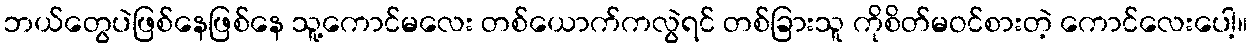
ဘယ်တွေပဲဖြစ်နေဖြစ်နေ သူ့ကောင်မလေး တစ်ယောက်ကလွဲရင် တစ်ခြားသူ ကိုစိတ်မဝင်စားတဲ့ ကောင်လေးပေါ့။